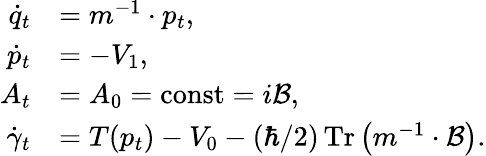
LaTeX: \begin{array}{rl}{\dot{q}_{t}}&{=m^{-1}\cdot p_{t},}\\ {\dot{p}_{t}}&{=-V_{1},}\\ {A_{t}}&{=A_{0}=\operatorname{const}=i\mathcal{B},}\\ {\dot{\gamma}_{t}}&{=T(p_{t})-V_{0}-(\hbar/2)\operatorname*{Tr}\left(m^{-1}\cdot\mathcal{B}\right).}\end{array}